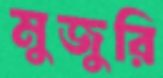
মুজুরি